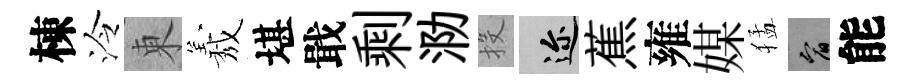
棟泠東𦏁堪戢剩泐投邇蕉雍媒猛宥能